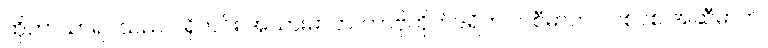
ထိုဘာသာရပ်သည် ပရိုတင်း အသားဓာတ်၊ ကာဗိုဟိုက်ဒရိတ် ကစီဓာတ်၊ လစ်ပစ် အဆီဓာတ်၊